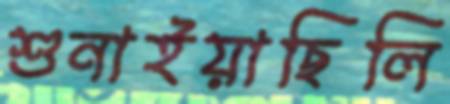
শুনাইয়াছিলি